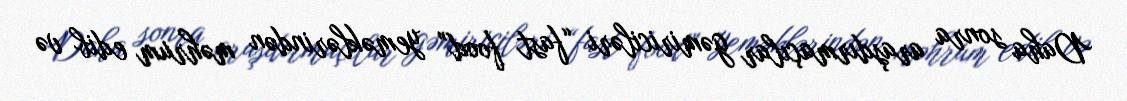
Daha sonra araşdırmaçılar gəmiriciləri “fast food” yeməklərindən məhrum edib və